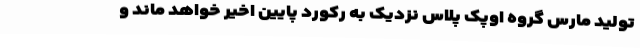
تولید مارس گروه اوپک پلاس نزدیک به رکورد پایین اخیر خواهد ماند و